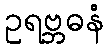
ဥရဗ္ဘဓနံ